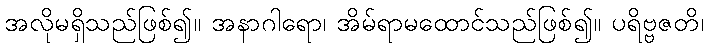
အလိုမရှိသည်ဖြစ်၍။ အနာဂါရော၊ အိမ်ရာမထောင်သည်ဖြစ်၍။ ပရိဗ္ဗဇတိ၊